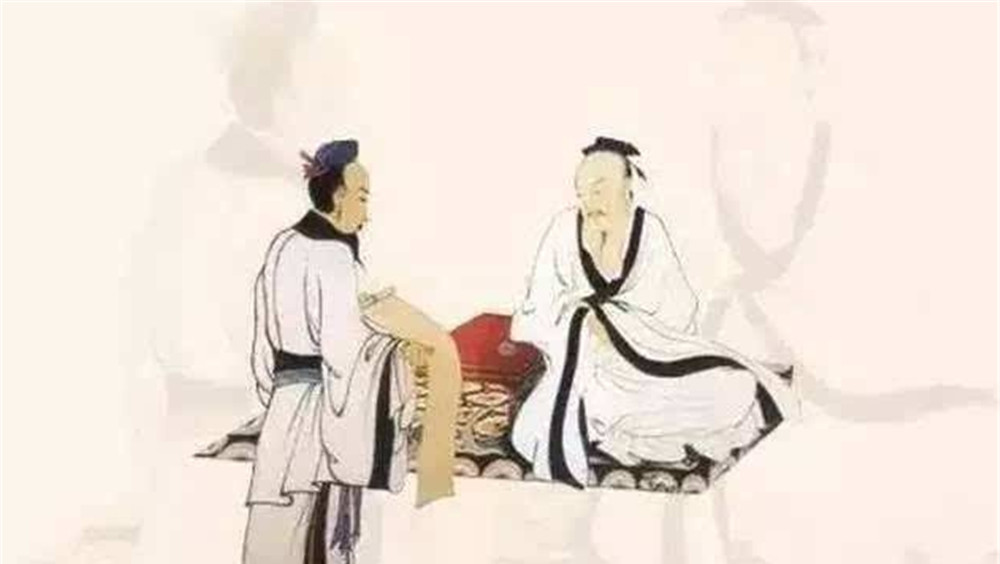
女为君子儒，无为小人儒。